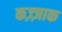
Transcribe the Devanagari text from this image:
कज़्ज़ाक